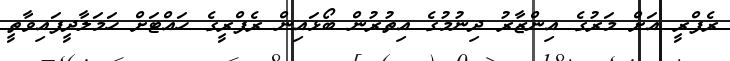
ރެފްރީ އަށް މަރުގެ އިންޒާރު ދިނުމުގެ އިތުރުން ބޯޅައިން ރެފްރީގެ ހައްޓަށް ހަމަލާދީފައިވާތީ